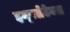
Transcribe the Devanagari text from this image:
इन्फ्लेटेबल